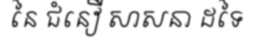
នៃ ជំនឿ សាសនា ដទៃ